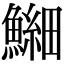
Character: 𫙶